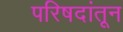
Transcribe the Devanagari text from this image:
परिषदांतून